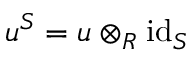
u ^ { S } = u \otimes _ { R } { \mathrm { i d } } _ { S }